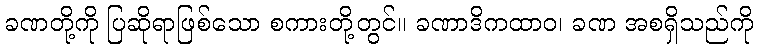
ခဏတို့ကို ပြဆိုရာဖြစ်သော စကားတို့တွင်။ ခဏာဒိကထာဝ၊ ခဏ အစရှိသည်ကို